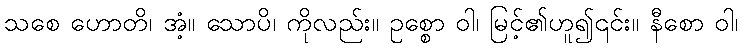
သစေ ဟောတိ၊ အံ့။ သောပိ၊ ကိုလည်း။ ဥစ္စော ဝါ၊ မြင့်၏ဟူ၍၎င်း။ နီစော ဝါ၊